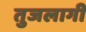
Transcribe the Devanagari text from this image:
तुजलागी